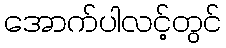
အောက်ပါလင့်တွင်